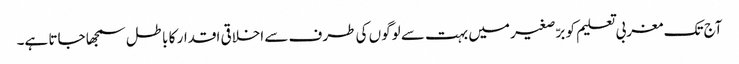
آج تک مغربی تعلیم کو برّصغیر میں بہت سے لوگوں کی طرف سے اخلاقی اقدار کا باطل سمجھا جاتا ہے۔